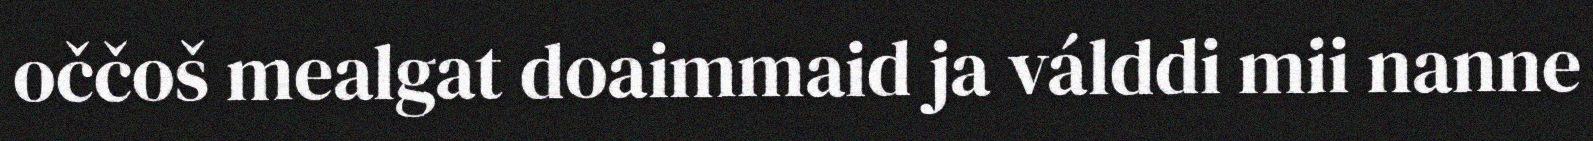
oččoš mealgat doaimmaid ja válddi mii nanne